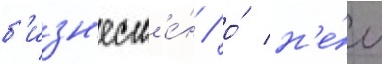
б'изн'есм'е́н / о́ н'е́м